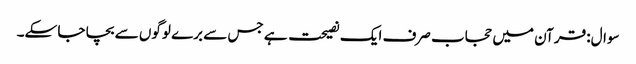
سوال: قرآن میں حجاب صرف ایک نصیحت ہے جس سے برے لوگوں سے بچا جا سکے۔